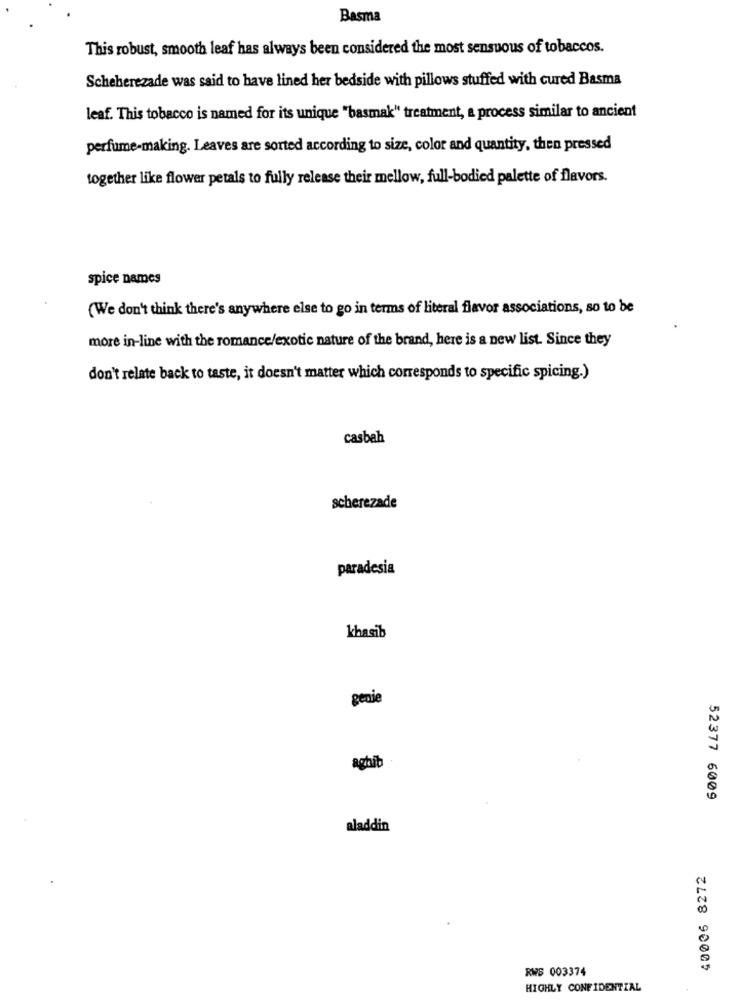
Basma
This robust, smooth leaf has always been considered the most sensuous of tobaccos.
Scheherezade was said to have lined her bedside with pillows stuffed with cured Basma
leaf. This tobacco is named for its unique "basmak" treatment, a process similar to ancient
perfume-making. Leaves are sorted according to size, color and quantity, then pressed
together like flower petals to fully release their mellow, full-bodied palette of flavors.
spice names
(We don't think there's anywhere else to go in terms of literal flavor associations, so to be
more in-line with the romance/exotic nature of the brand, here is a new list. Since they
don't relate back to taste, it doesn't matter which corresponds to specific spicing.)
casbah
scherezade
paradesia
khasib
genie
1
aghib
52377 6009
aladdin
40006 8272
RWS 003374
HIGHLY CONFIDENTIAL